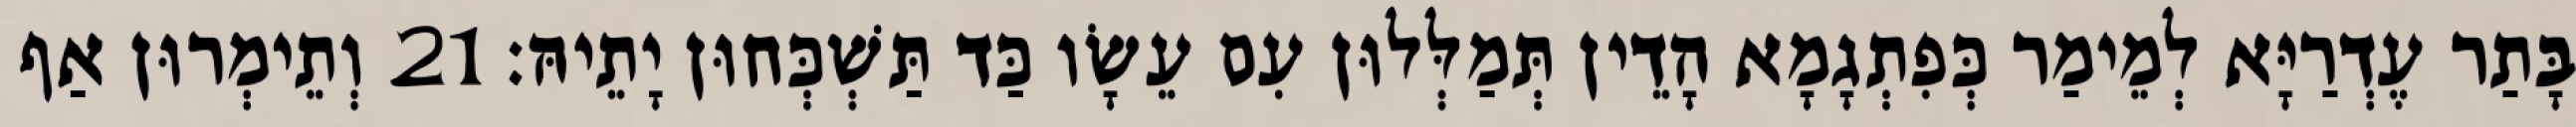
בָּתַר עֶדְרַיָּא לְמֵימַר כְּפִתְגָמָא הָדֵין תְּמַלְּלוּן עִם עֵשָׂו כַּד תַּשְׁכְּחוּן יָתֵיהּ׃ 21 וְתֵימְרוּן אַף